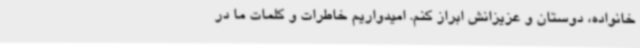
خانواده، دوستان و عزیزانش ابراز کنم. امیدواریم خاطرات و کلمات ما در